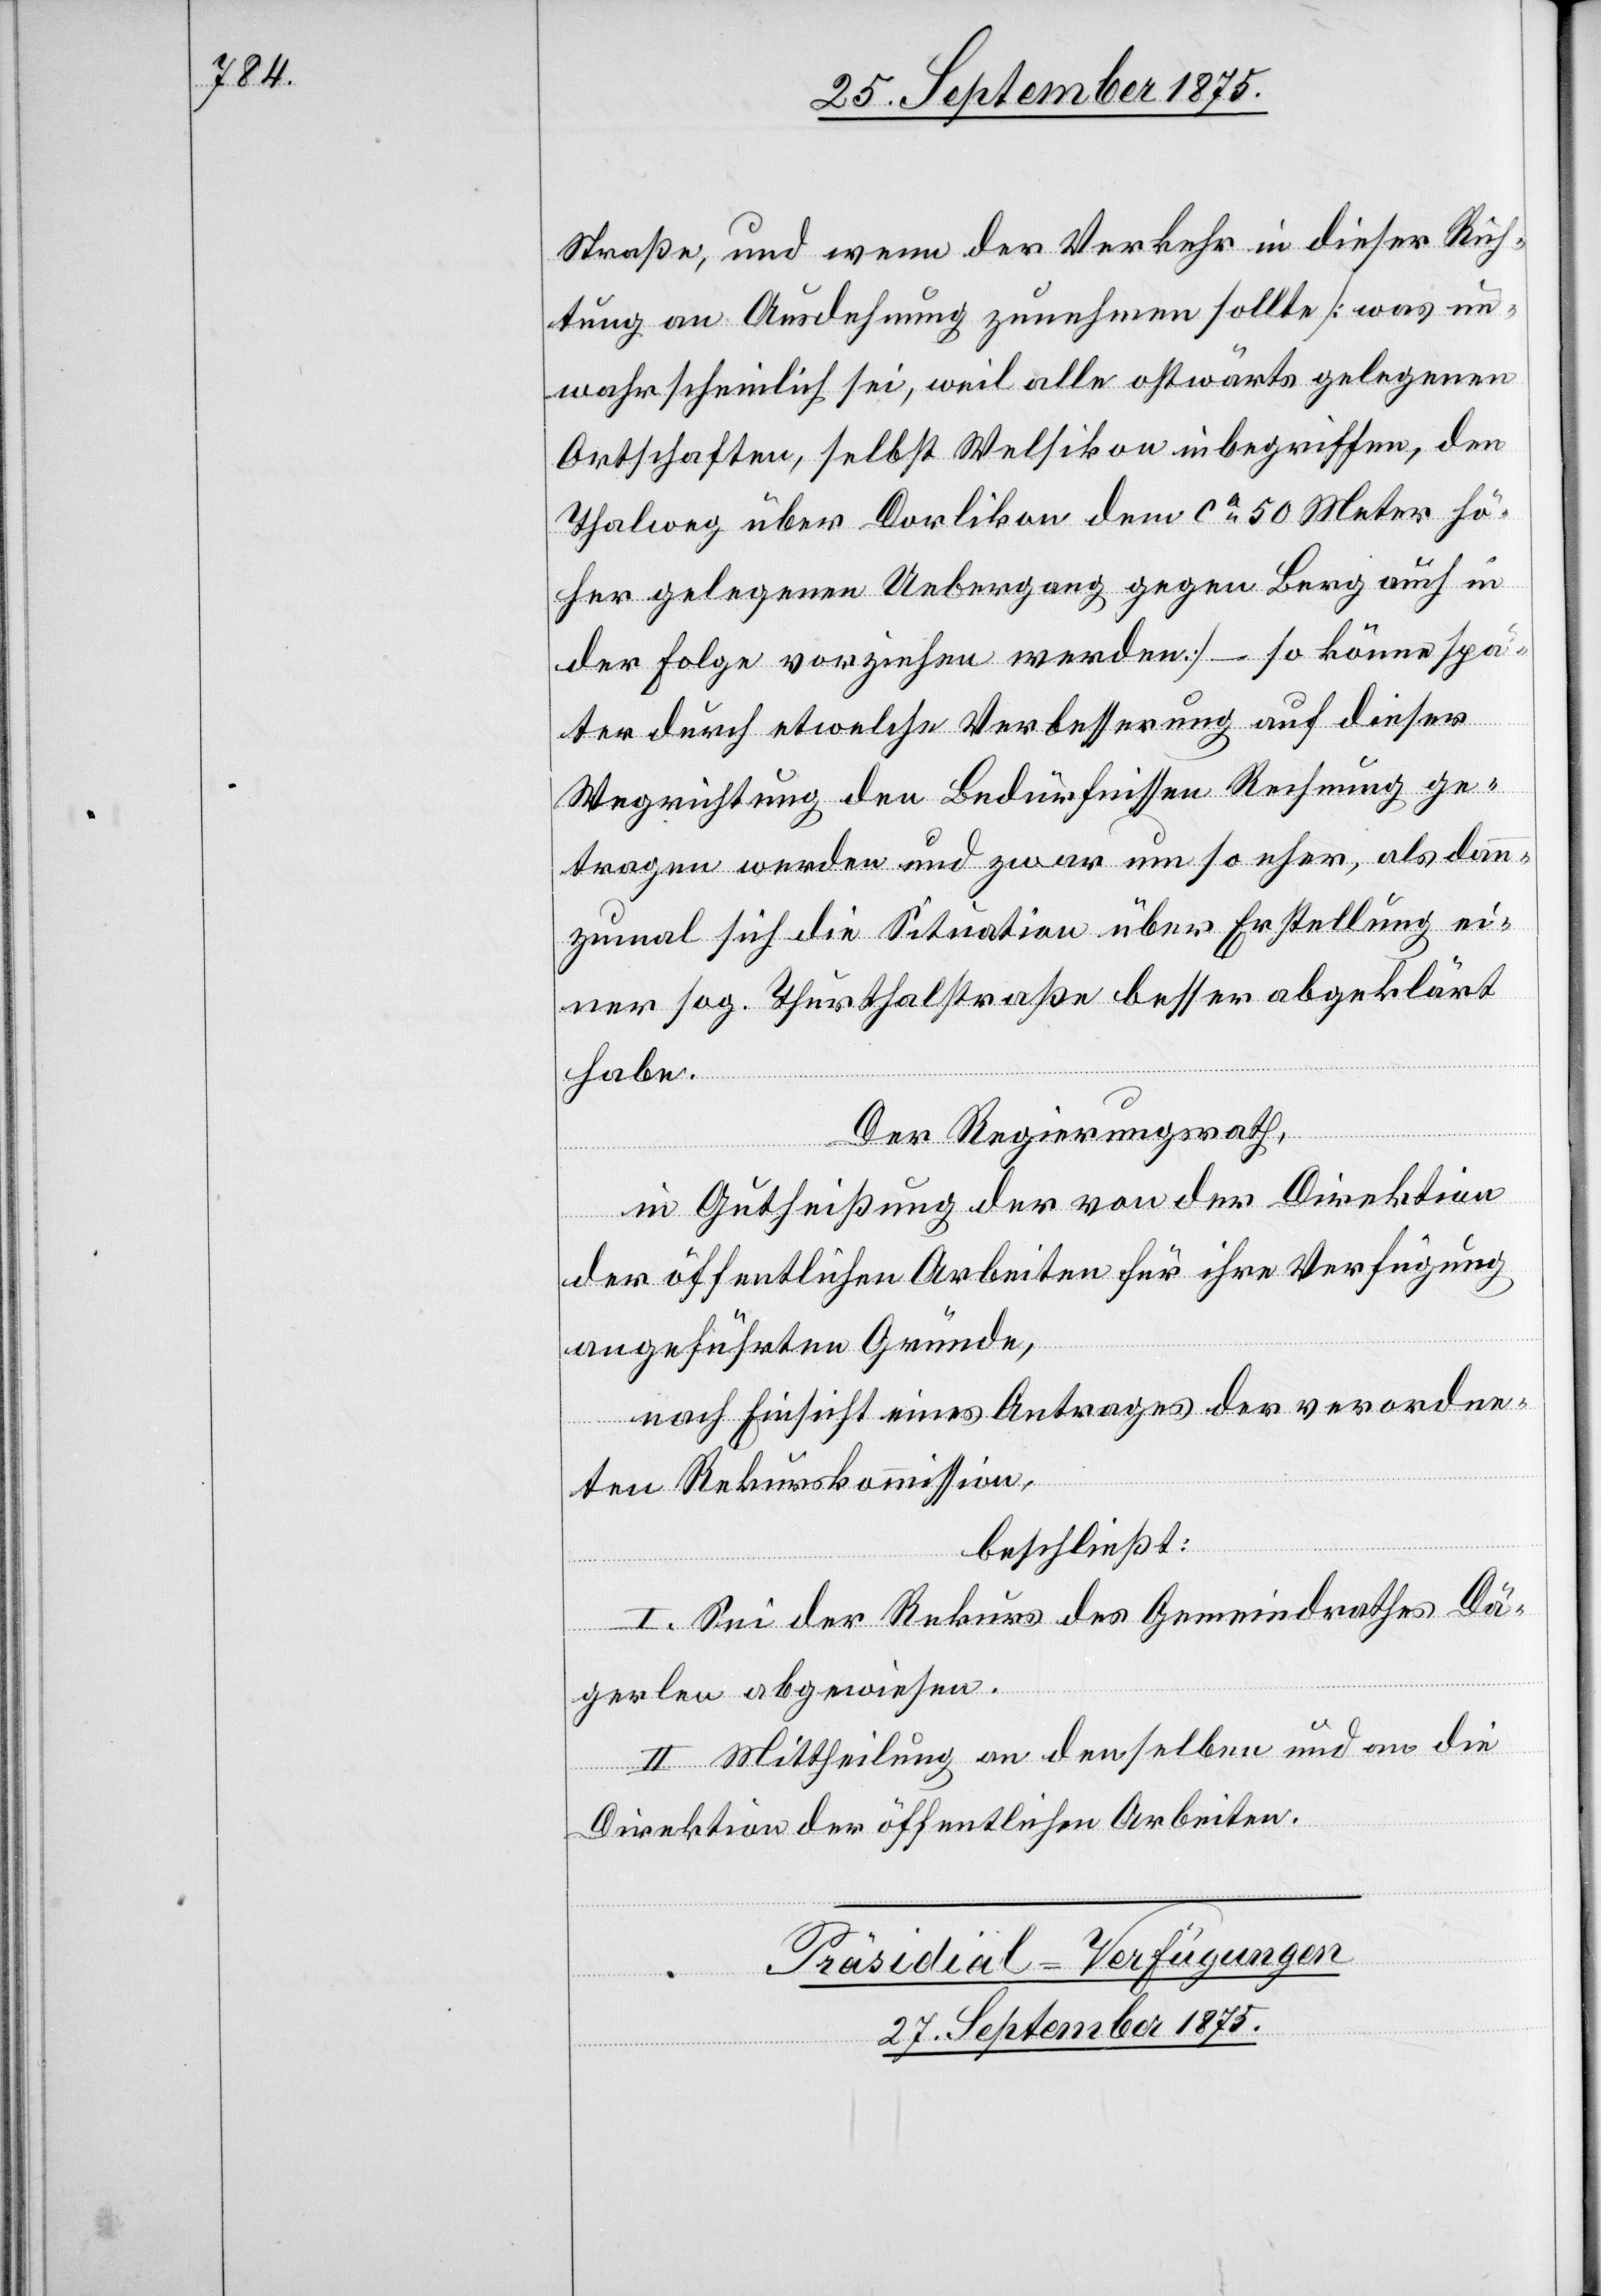
Straße, und wenn der Verkehr in dieser Rich¬
tung an Ausdehnung zunehmen sollte [was un¬
wahrscheinlich sei, weil alle ostwärts gelegenen
Ortschaften, selbst Welsikon inbegriffen, den
Thalweg über Dorlikon dem ca 50 Meter hö¬
her gelegenen Uebergang gegen Berg auch in
der Folge vorziehen werden] – so könne spä¬
ter durch etwelche Verbesserung auf dieser
Wegrichtung den Bedürfnissen Rechnung ge¬
tragen werden und zwar um so eher, als dann¬
zumal sich die Situation über Erstellung ei¬
ner sog. Thurthalstraße besser abgeklärt
habe.
Der Regierungsrath,
in Gutheißung der von der Direktion
der öffentlichen Arbeiten für ihre Verfügung
angeführten Gründe,
nach Einsicht eines Antrages der verordne¬
ten Rekurskommission,
beschließt:
I. Sei der Rekurs des Gemeindrathes Dä¬
gerlen abgewiesen.
II. Mittheilung an denselben und an die
Direktion der öffentlichen Arbeiten.